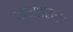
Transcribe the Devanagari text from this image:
नाराशंसः।।